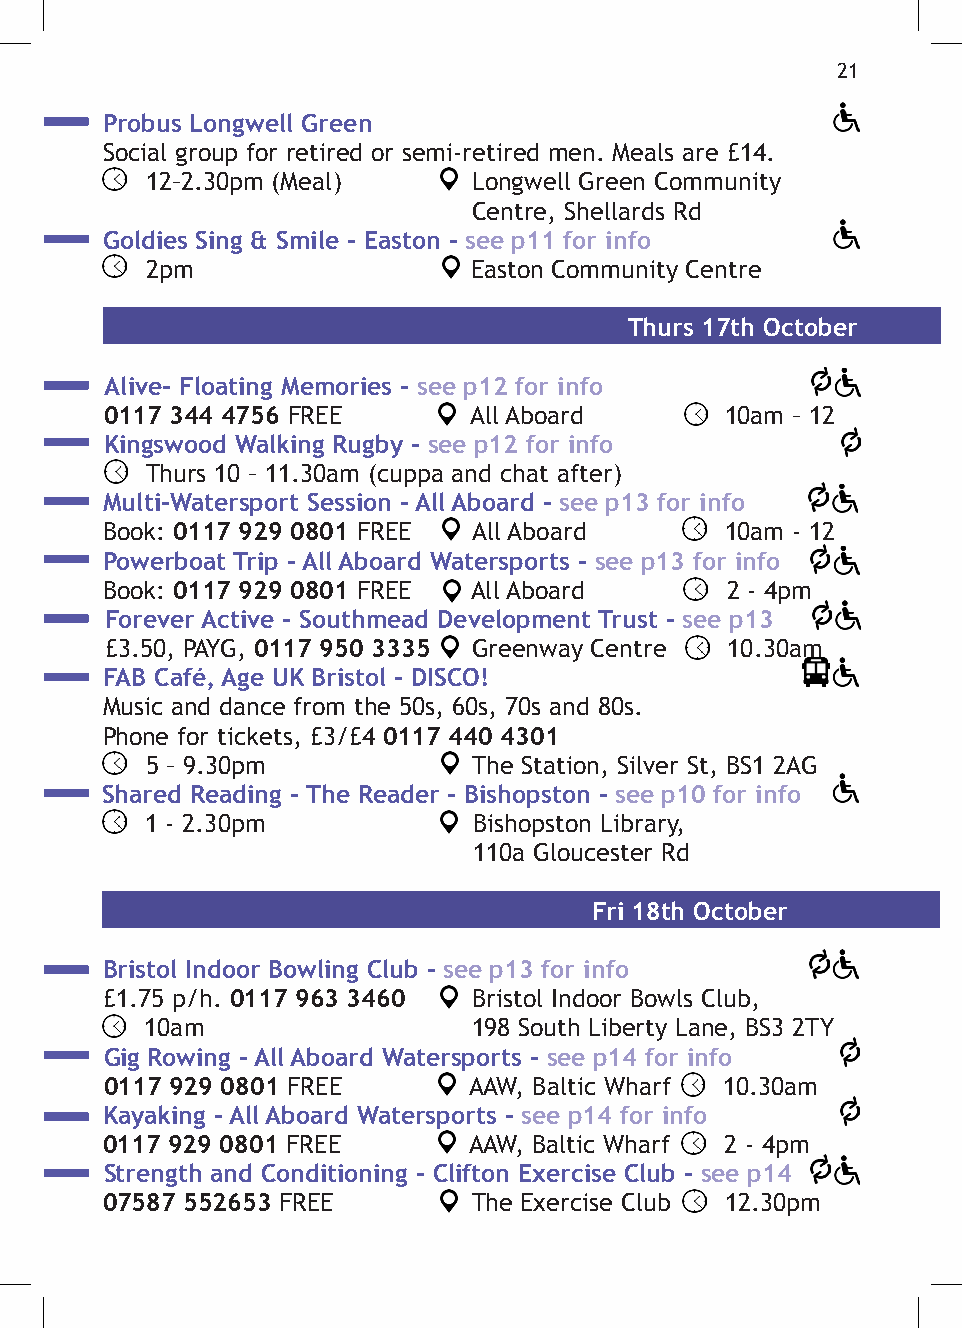
21
 Probus Longwell Green
 2 - 3pm Social group for retired or semi-retired men. Meals are £14.
 12–2.30pm (Meal)     Longwell Green Community
 12.30pm                        Centre, Shellards Rd
 Goldies Sing & Smile - Easton - see p11 for info
 2pm                  Easton Community Centre
 Thurs 17th October
 Alive- Floating Memories - see p12 for info
 0117 344 4756 FREE      All Aboard       10am – 12
 Kingswood Walking Rugby - see p12 for info
 Thurs 10 – 11.30am (cuppa and chat after)
 Multi-Watersport Session - All Aboard - see p13 for info
 Book: 0117 929 0801 FREE All Aboard      10am - 12
 Powerboat Trip - All Aboard Watersports - see p13 for info
 Book: 0117 929 0801 FREE All Aboard      2 - 4pm
 Forever Active - Southmead Development Trust - see p13
 2 - 4pm £3.50, PAYG, 0117 950 3335 Greenway Centre 10.30am
 FAB Café, Age UK Bristol - DISCO!
 Music and dance from the 50s, 60s, 70s and 80s.
 Phone for tickets, £3/£4 0117 440 4301
 5 – 9.30pm           The Station, Silver St, BS1 2AG
 Shared Reading - The Reader - Bishopston - see p10 for info
 1 - 2.30pm           Bishopston Library,
 110a Gloucester Rd
 Fri 18th October
 Bristol Indoor Bowling Club - see p13 for info
 £1.75 p/h. 0117 963 3460 Bristol Indoor Bowls Club,
 10am                 198 South Liberty Lane, BS3 2TY
 Gig Rowing - All Aboard Watersports - see p14 for info
 0117 929 0801 FREE      AAW, Baltic Wharf 10.30am
 Kayaking - All Aboard Watersports - see p14 for info
 0117 929 0801 FREE      AAW, Baltic Wharf 2 - 4pm
 Strength and Conditioning - Clifton Exercise Club - see p14
 07587 552653 FREE       The Exercise Club 12.30pm